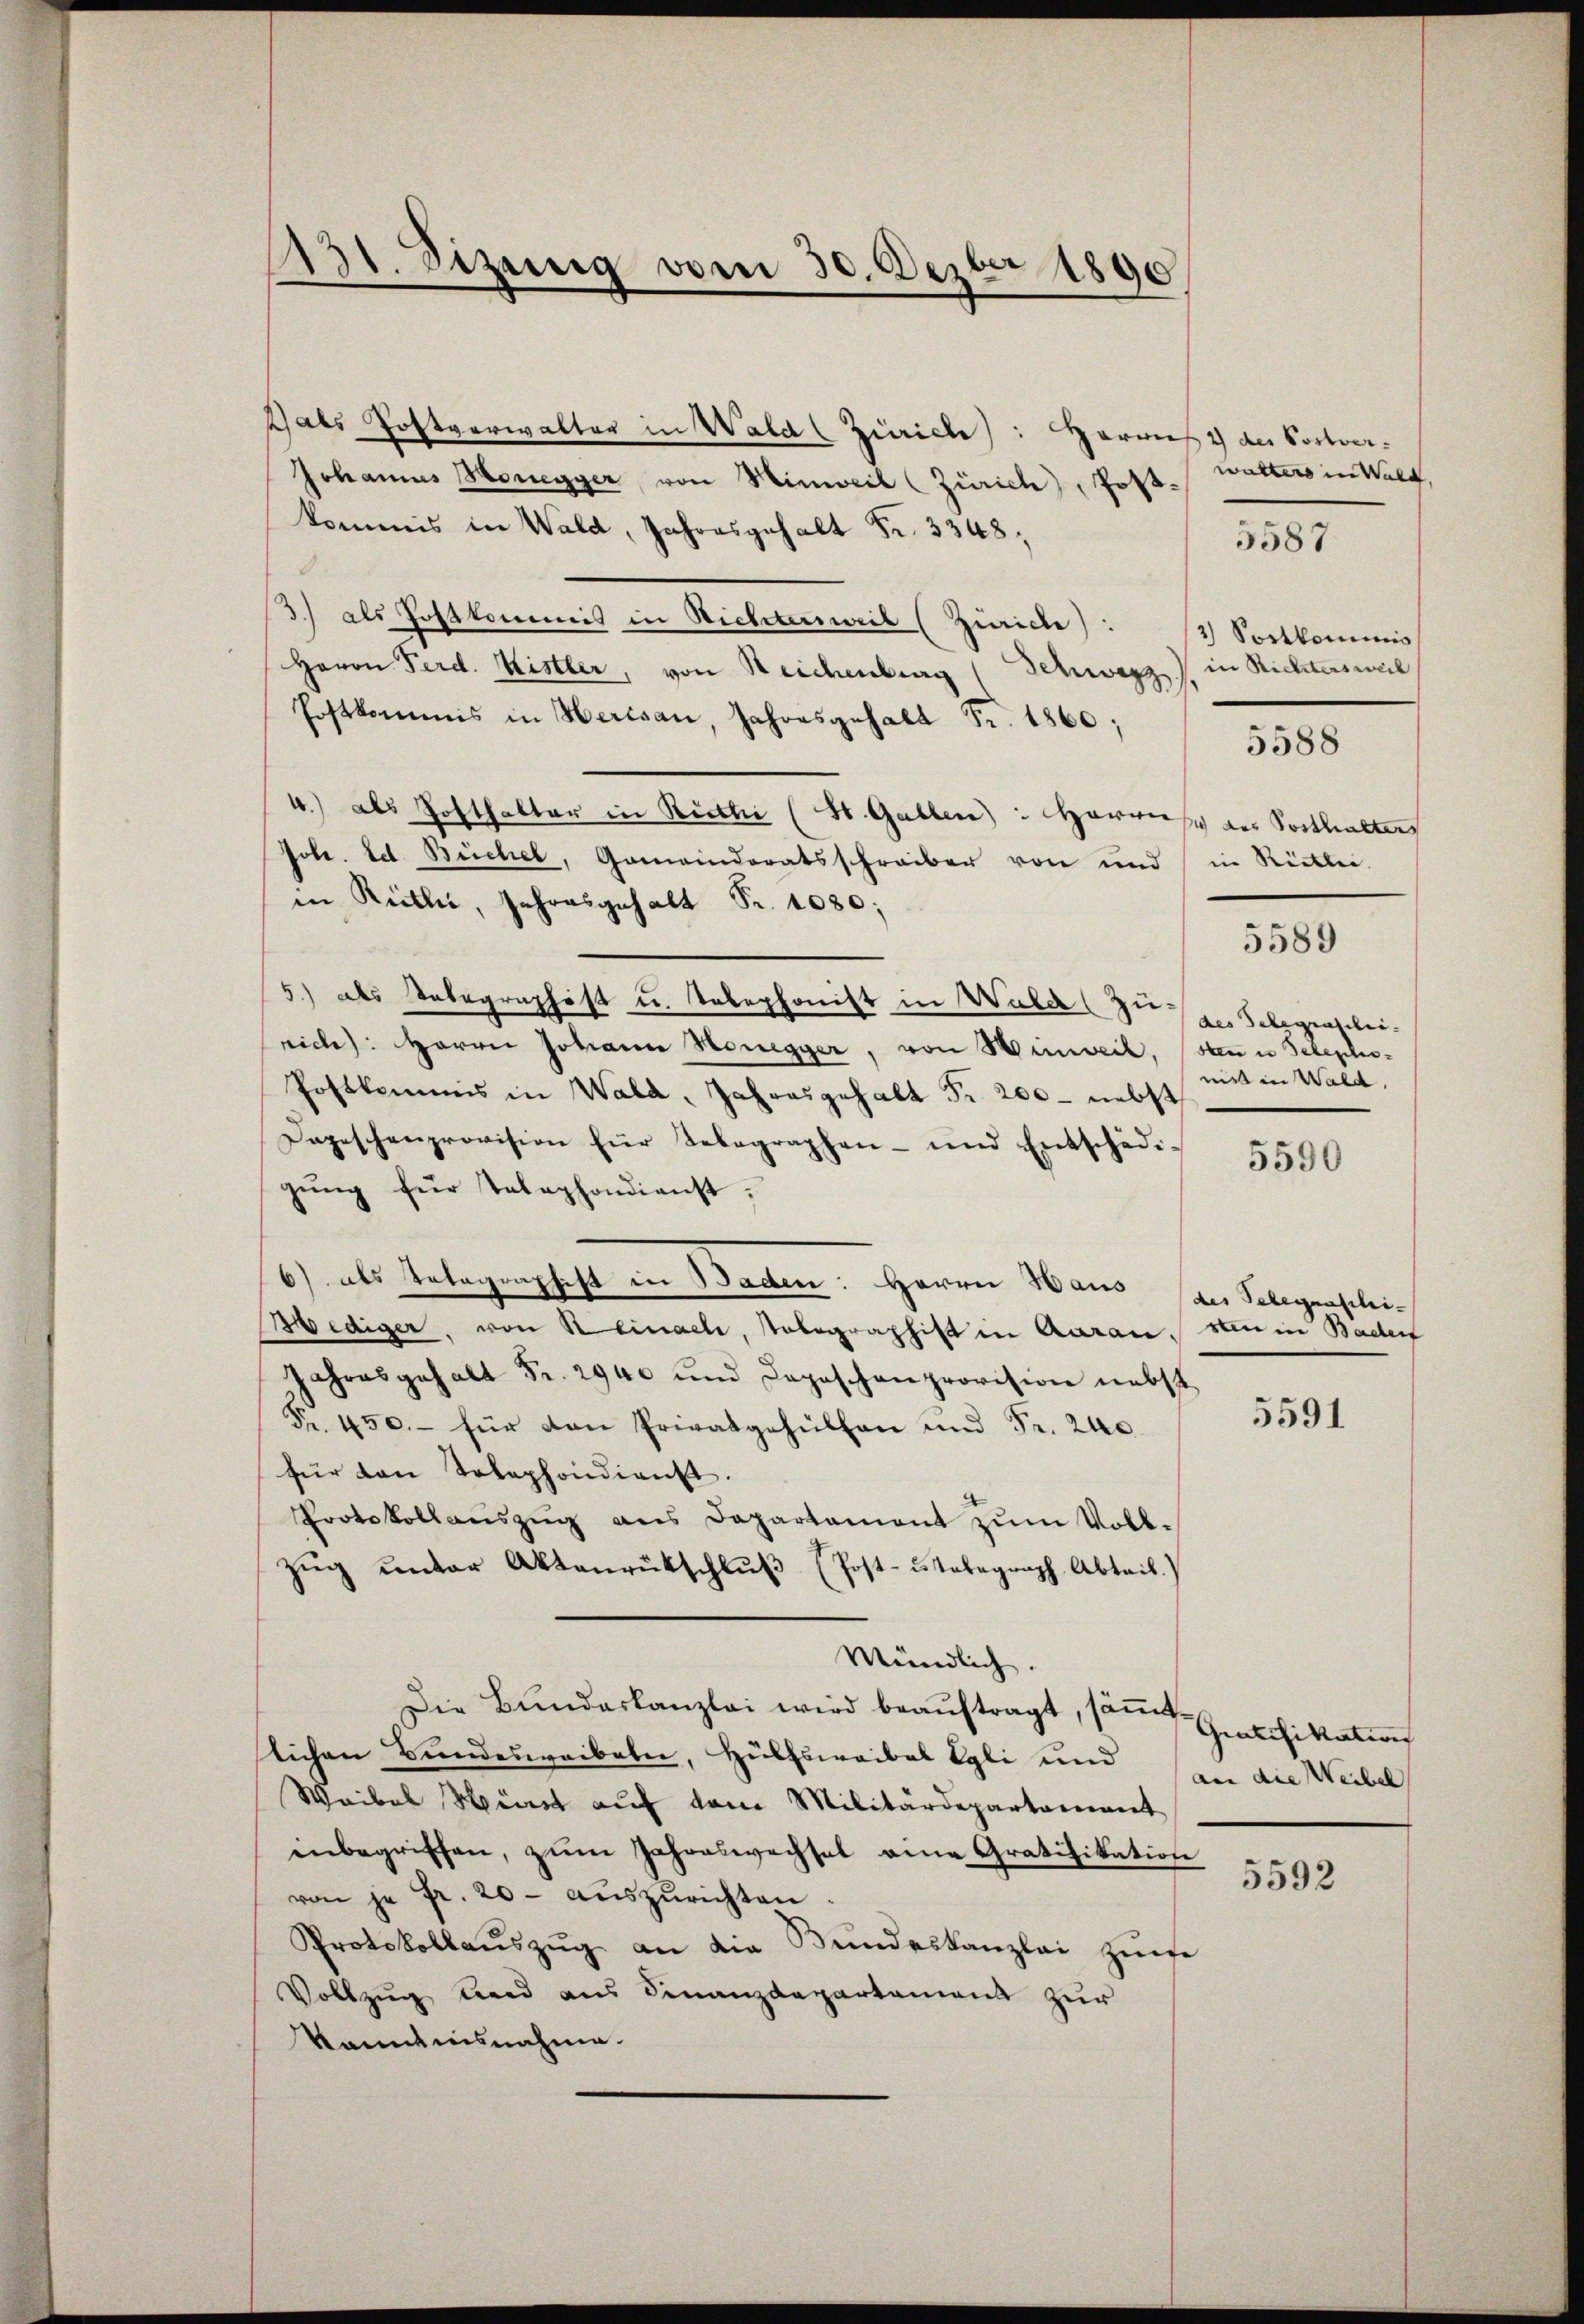
131. Sizung vom 30. Dezbr 1890

als Postverwalter in Wald (Zürich): Horwies der Postver¬
Johannes Honegger, von Hinweil (Zürich, Postkommis in Wald, Jahresgehalt Fr. 3348;
3) als Postkommis in Richtersweil (Zürich) : 2) Sortkommis
Herrn Ferd. Kistler, von Reichenburg (Schwarz / in Richtersweil
Postkommis in Herisau, Jahresgehalt Fr. 1860;
4.) als Hofthalter in Riethe (St. Gallen: Herreisch des Posthalters
Job. Ed. Büchel, Gemeinderatsschreiber von und in Rücklei
in Rütler, Jahresgehalt Fr. 1080;
5) als Tabegraphist u. Telephonist in Wald zu der Selegenschei
rich): Herrn Johann Honegger, von Hinweil, sein Telepho-
nis in Wald.
Postkommis in Wald, Jahresgehalt Fr. 200 - nebst
Depeschenprovision für Telegraphen- und Entschädi-
gŭng für Telephondienst.
6) als Telegraphist in Baden: Herrn Haus des Telegenschei-
Wediger, von Reinach, Tolographist in Aarau, den in Baden
Jahresgehalt Fr. 2940 und Depeschenprovision nebst
5591
Fr. 450.- für den Privatgehülfen und Fr. 240.
für von Tolephondient.
Protokollaŭszŭg ans Departament zŭm Voll-
Zŭg ŭnter Aktenrütschlŭβ (Post-ŭstabegraph Abteil.)
Mündlich.
Die Bŭndeskanzlei wird beaŭftragt, saṁt Grafikation
lichen Bundesweibaber, Hülfswaibel Egli und
an die Weibel
Waibel Wert auf vom Militärdepartament
inbegriffen, zŭm Jahreswechsel eine Gratifikation
5592
von je Fr. 20 auszurichten.
Protokollaŭszŭg an die Bŭndeskanzlei zure
Vollzug und aus Finanzdepartament zur
kanntnisnahme.

walters in Walt
5587

5588

5589

5590